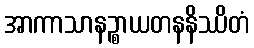
အာကာသာနဉ္စာယတနနိဿိတံ